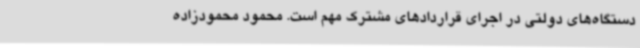
دستگاه‌های دولتی در اجرای قراردادهای مشترک مهم است. محمود محمودزاده